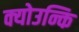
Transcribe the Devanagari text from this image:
क्योउन्कि